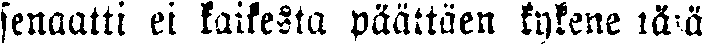
senaatti ei kaikesta päättäen kykene tätä